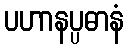
ပဟာနပ္ပဓာနံ